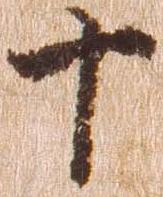
十